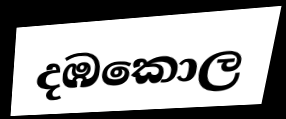
දඹකොල